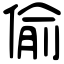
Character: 偷